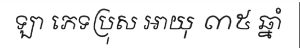
ឡា ភេទប្រុស អាយុ ៣៥ ឆ្នាំ